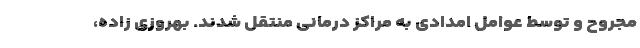
مجروح و توسط عوامل امدادی به مراکز درمانی منتقل شدند. بهروزی زاده،